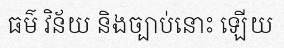
ធម៌ វិន័យ និងច្បាប់នោះ ឡើយ